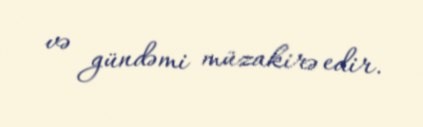
və gündəmi müzakirə edir.